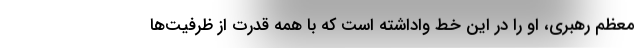
معظم رهبری، او را در این خط واداشته است که با همه قدرت از ظرفیت‌ها